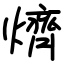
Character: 㸄